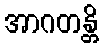
အာဂတန္တိ